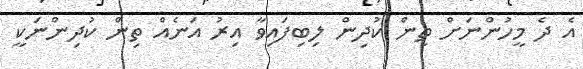
އެ ދެ މީހުންނަށް ތިން ކުދިން ލިބިފައިވާ އިރު އަނެއް ތިން ކުދިންނަކީ